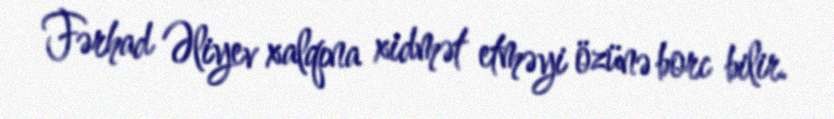
Fərhad Əliyev xalqına xidmət etməyi özünə borc bilir.